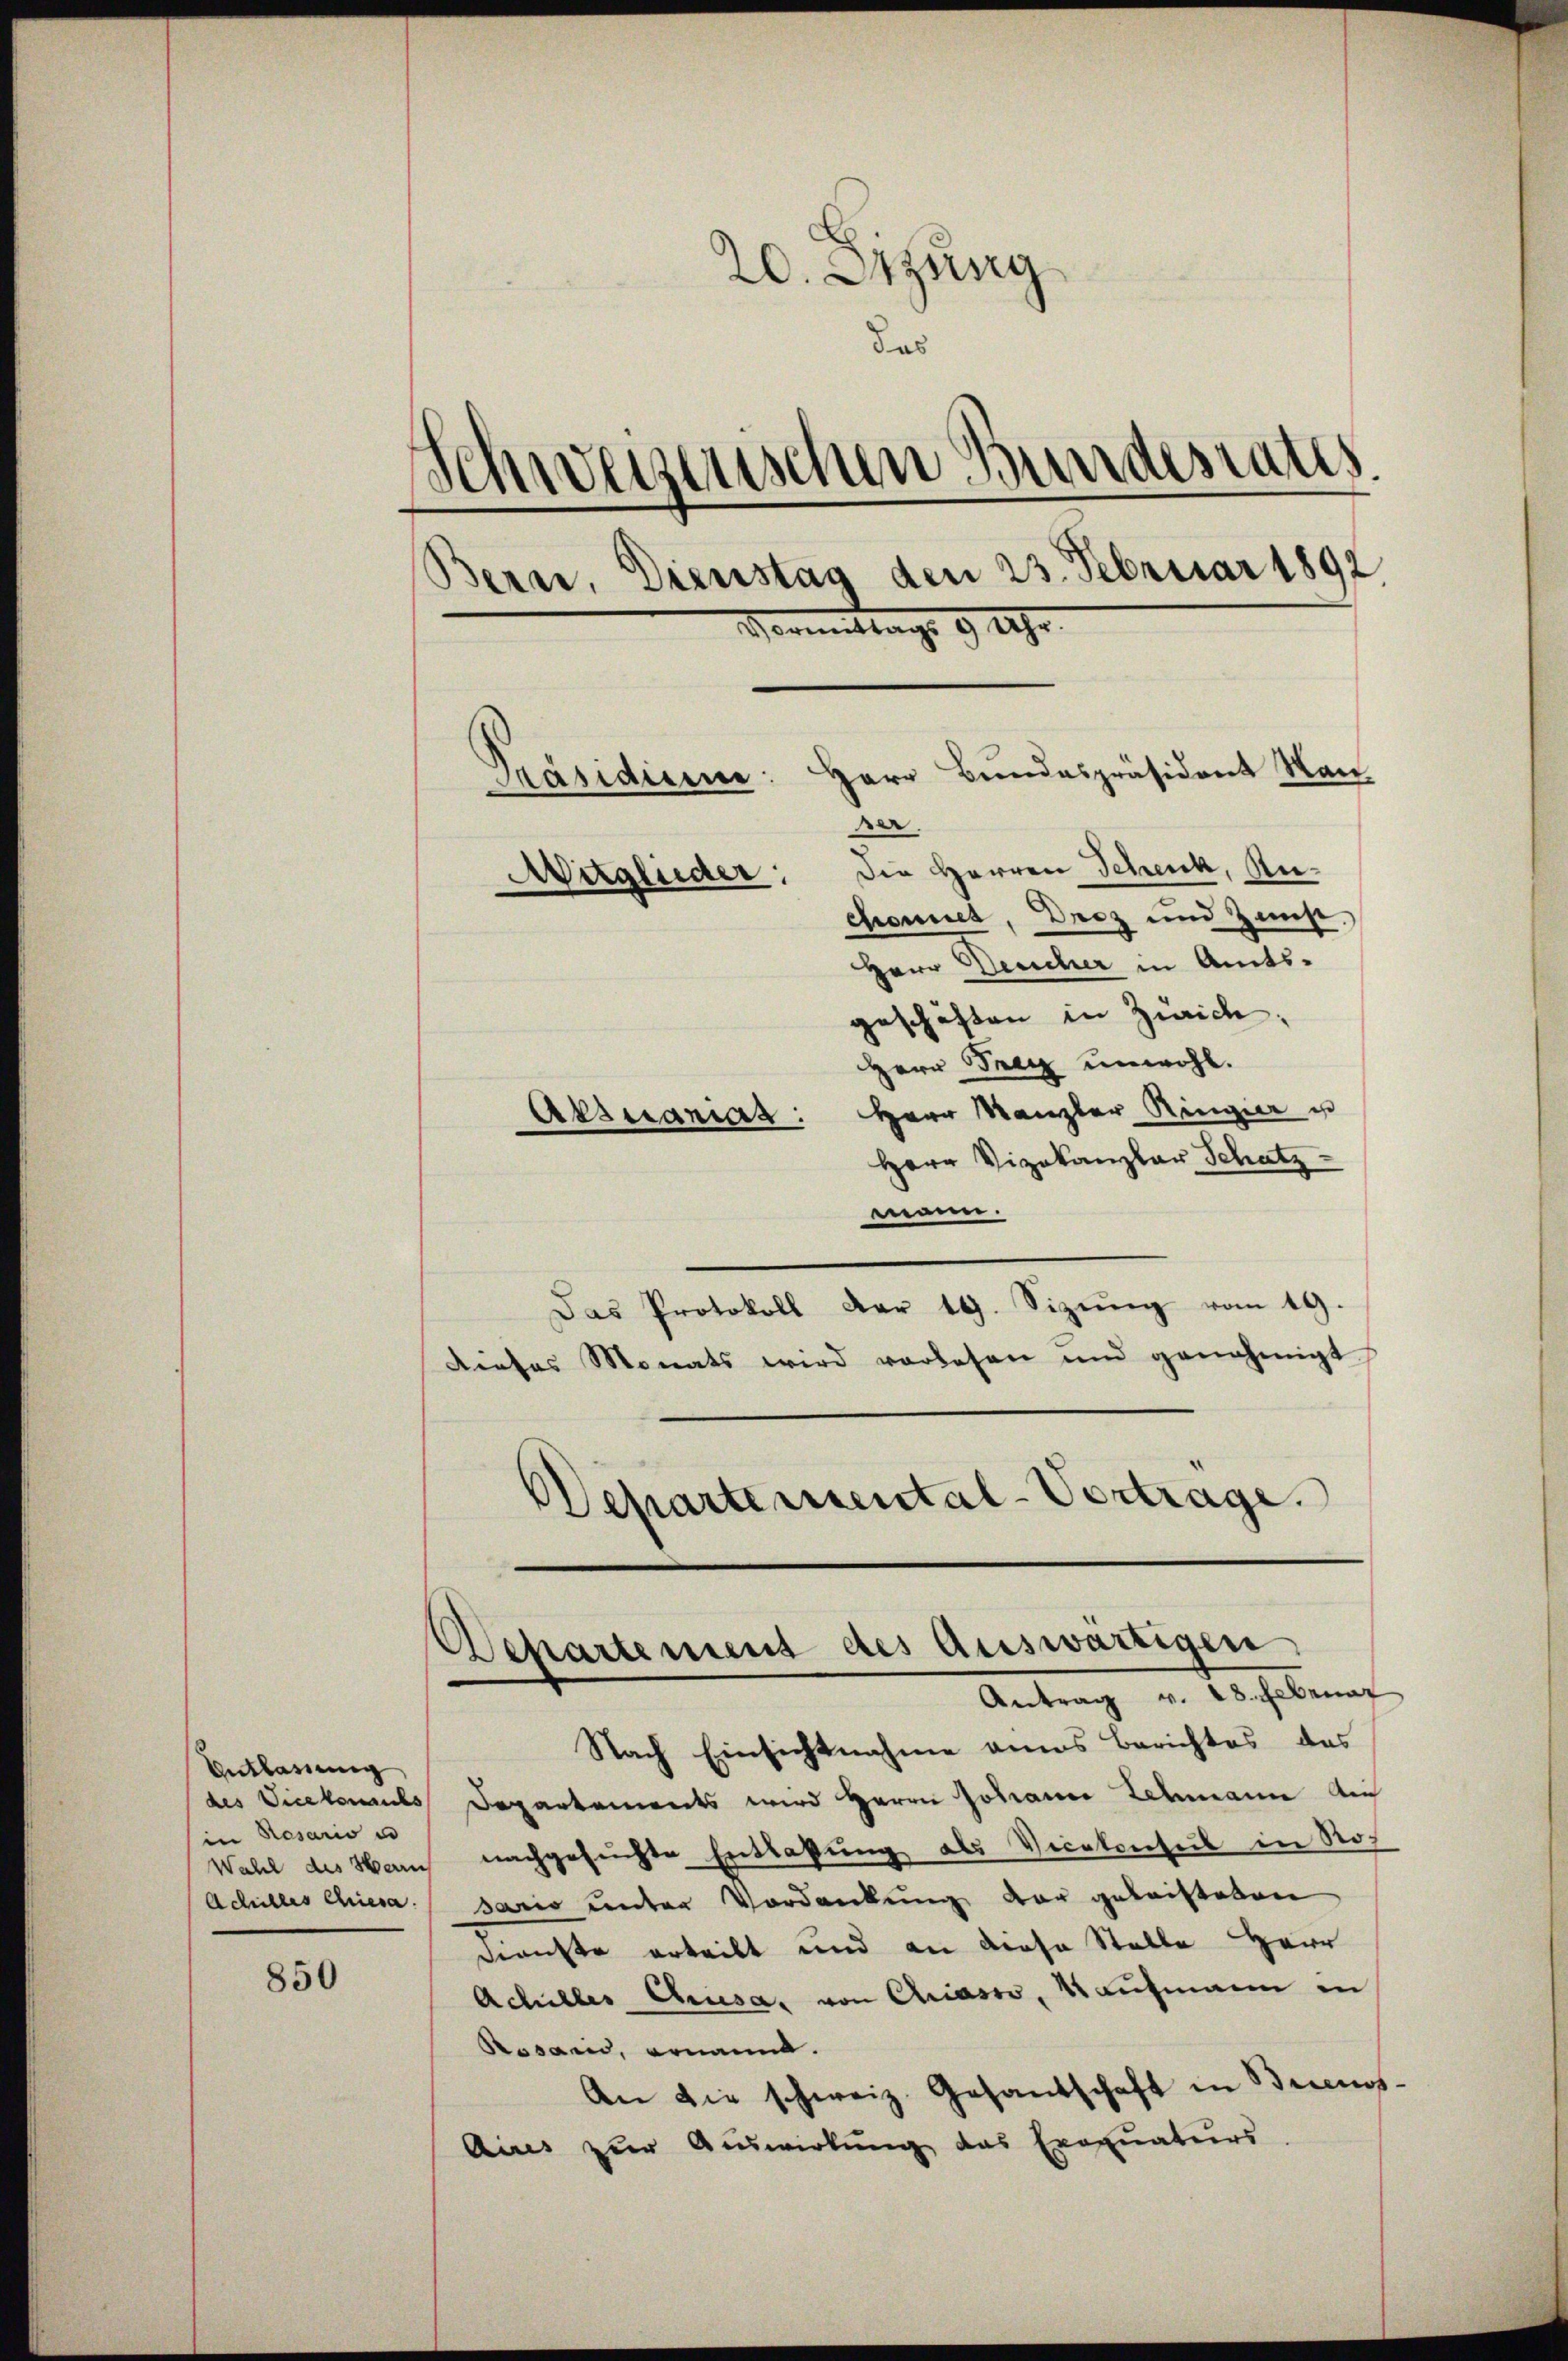
850

20. Sizung
Das
Schweizerischen Bundesrates
Bern, Dienstag den 23. Februar 1892
Vormittags 9 Uhr.
Herr Bundespräsident Man
Präsidium
ser.
Die Herren Schenk, An¬
Mitglieder:
—
Chonnes, Droz und Zunft.

Entlassung
des Vicekonntes
in Rosario e
Achilles Chiesa

HHerr Deucher in Amts-
geschäften in Zürich.
Herr Frey unwohl.
Aktuariat: Herr Manzler Ringier u
Herr Vizekanzlar Schatz
mann.
Das Protokoll der 19. Sizŭng vom 19.
Dieses Monats wird vorlesen und genehmigt
Departemental-Vertrage.

Departement des Auswärtigen
Antrag v. 28. Februar

Nach Einsichtnahme eines Berichtes des
Departements wird Herrn Johann Lehmann Ai
Wahl des Ham nachgesuchte Entlassung als Vicekonsul in Ros
sario unter Vordankung der geleisteten
Dienste erteilt und an diese Stelle Herr
Achilles Chiesa, von Chiasso, Kaufmann in
Pssaris, ornannt.
An die schweiz. Gesandschaft in Buenos-
Aires zur Auswirkung das Exequaturs